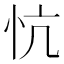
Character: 忼